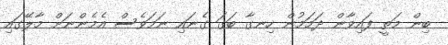
ބިން މަތީ ފައިވާން ދަމަމުން ހިނގާ ބަގަ ގެނައި ނަމަވެސް އެމެންނަށް މާލޭގައި